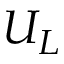
U _ { L }